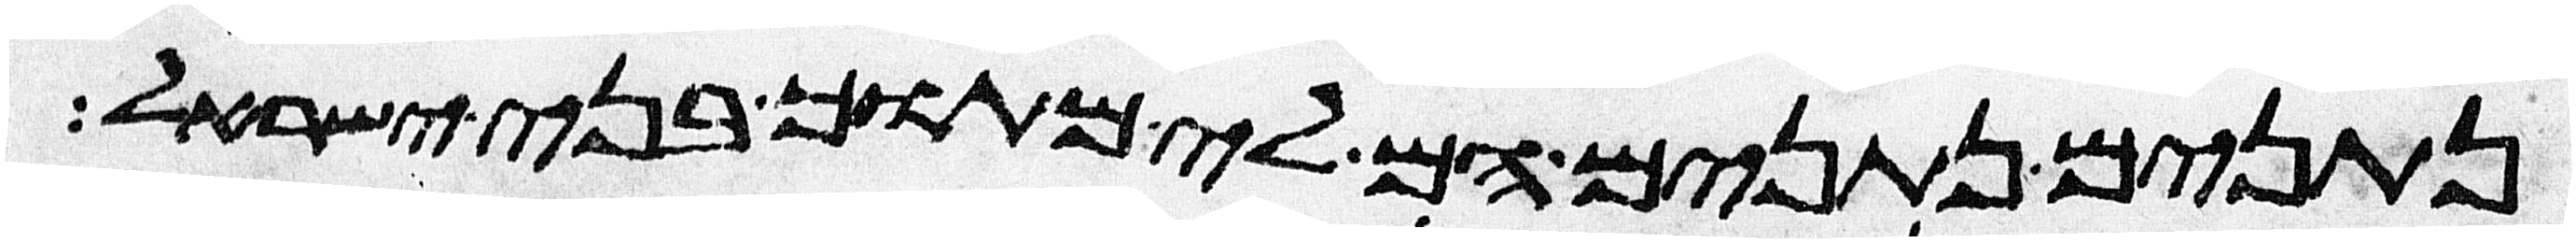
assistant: נתנים נתנים הם לי מתוך בני ישראל